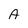
Character: A